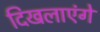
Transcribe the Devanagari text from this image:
दिखलाएंगे